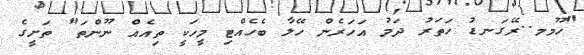
"ހޫމމ..ރޭގަނޑު ހަތަރު ދަމު އަހަރެން ހޭލާ ބެހެއްޓި މީހަކީ ތިއެއް ނޫންތަ" ތަށީގެ